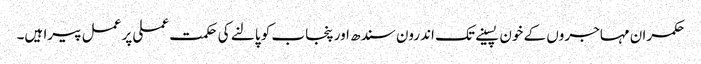
حکمران مہاجروں کے خون پسینے تک اندرون سندھ اور پنجاب کو پالنے کی حکمت عملی پر عمل پیرا ہیں۔